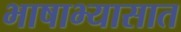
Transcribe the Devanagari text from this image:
भाषाभ्यासात